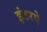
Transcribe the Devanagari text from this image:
इंटरपे